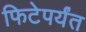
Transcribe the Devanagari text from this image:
फिटेपर्यंत